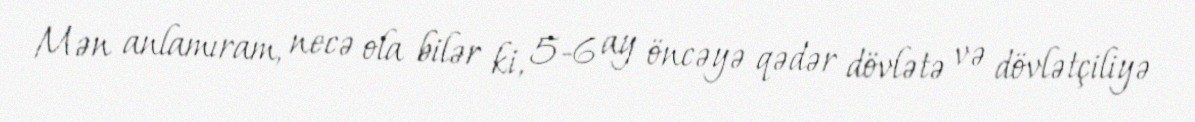
Mən anlamıram, necə ola bilər ki, 5-6 ay öncəyə qədər dövlətə və dövlətçiliyə